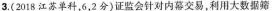
3.(2018江苏单科。6，2分)证监会针对内幕交易，利用大数据筛